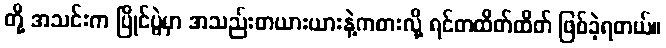
တို့ အသင်းက ပြိုင်ပွဲမှာ အသည်းတယားယားနဲ့ကစားလို့ ရင်တထိတ်ထိတ် ဖြစ်ခဲ့ရတယ်။